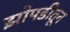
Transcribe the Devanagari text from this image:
झोपडीतून